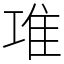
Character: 𨾊